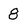
Character: 8